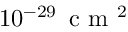
1 0 ^ { - 2 9 } \, \textrm { c m } ^ { 2 }